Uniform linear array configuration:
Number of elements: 16
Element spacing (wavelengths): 0.5
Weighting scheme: hann
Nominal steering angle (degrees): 0
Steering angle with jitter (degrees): -0.2049
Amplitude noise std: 0.05
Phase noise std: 0.05

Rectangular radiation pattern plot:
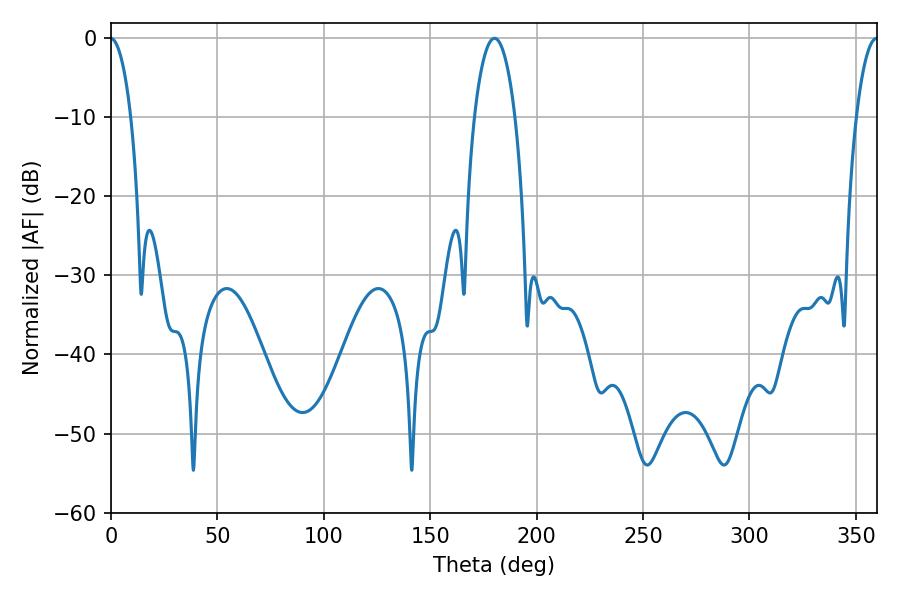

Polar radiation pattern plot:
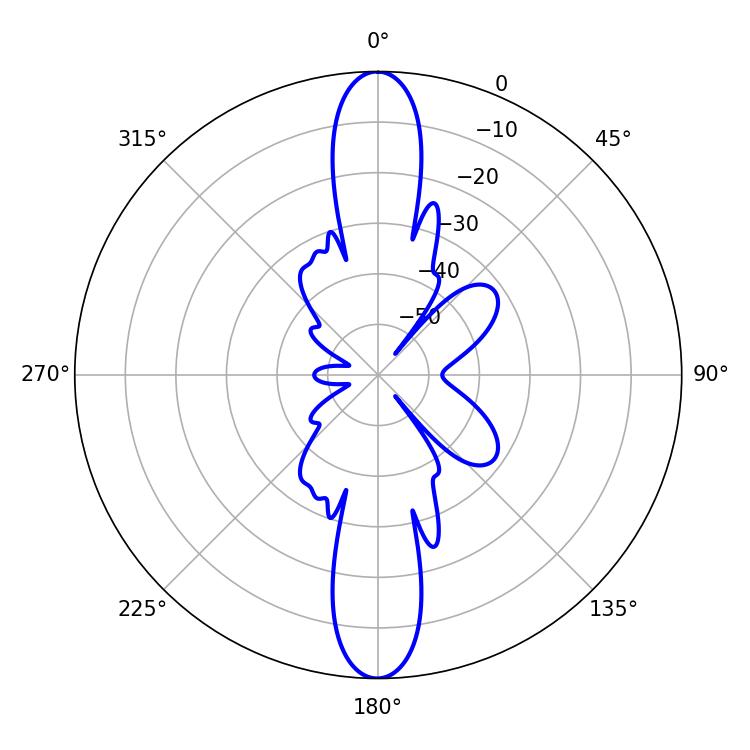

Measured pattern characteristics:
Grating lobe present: FALSE
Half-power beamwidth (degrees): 10.8
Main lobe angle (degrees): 180.18